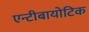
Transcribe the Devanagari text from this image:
एन्टीबायोटिक